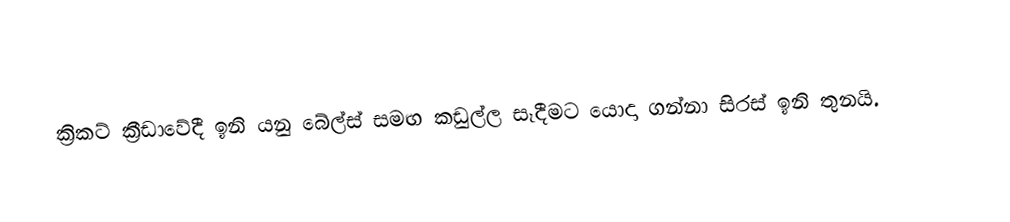
ක්‍රිකට් ක්‍රීඩාවේදී ඉනි යනු බේල්ස් සමඟ  කඩුල්ල සෑදීමට යොදා ගන්නා සිරස් ඉනි  තුනයි.